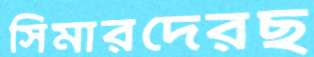
সিমারদেরছ